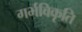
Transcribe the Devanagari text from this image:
गर्भविकृति